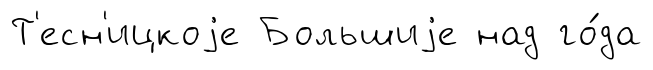
Т'есн'ицкоjе Большиjе над го́да